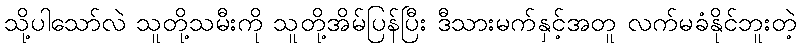
သို့ပါသော်လဲ သူတို့သမီးကို သူတို့အိမ်ပြန်ပြီး ဒီသားမက်နှင့်အတူ လက်မခံနိုင်ဘူးတဲ့